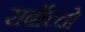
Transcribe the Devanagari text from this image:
सर्बोच्चो